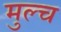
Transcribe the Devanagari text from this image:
मुल्च